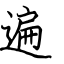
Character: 遍